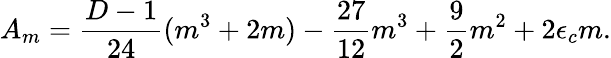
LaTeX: A_{m}=\frac{D-1}{24}(m^{3}+2m)-\frac{27}{12}m^{3}+\frac{9}{2}m^{2}+2\epsilon_{c}m.